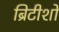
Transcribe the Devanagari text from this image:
ब्रिटीशों